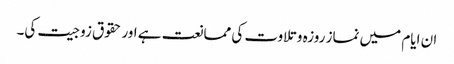
ان ایام میں نماز روزہ وتلاوت کی ممانعت ہے اور حقوق زوجیت کی۔